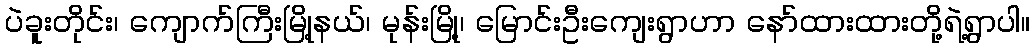
ပဲခူးတိုင်း၊ ကျောက်ကြီးမြို့နယ်၊ မုန်းမြို့၊ မြောင်းဦးကျေးရွာဟာ နော်ထားထားတို့ရဲ့ရွာပါ။